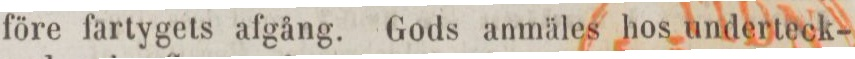
före fartygets afgång. Gods anmäles hos underteck-